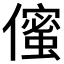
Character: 𠏷